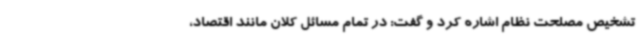
تشخیص مصلحت نظام اشاره کرد و گفت: در تمام مسائل کلان مانند اقتصاد،